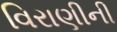
વિરાણીની